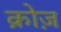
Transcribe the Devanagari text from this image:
क्रोज़